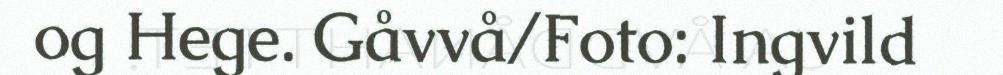
og Hege. Gåvvå/Foto: Ingvild